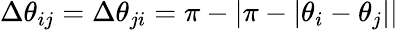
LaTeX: \Delta\theta_{ij}=\Delta\theta_{ji}=\pi-|\pi-|\theta_{i}-\theta_{j}||